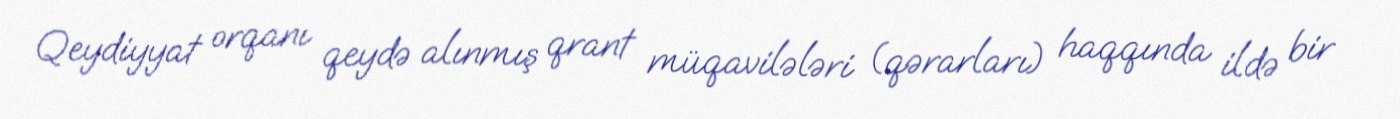
Qeydiyyat orqanı qeydə alınmış qrant müqavilələri (qərarları) haqqında ildə bir